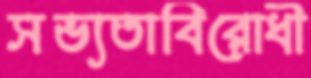
সভ্যতাবিরোধী